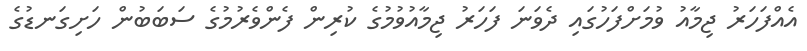
އެއްފަހަރު ޖިމާއު ވުމަށްފަހުގައި ދެވަނަ ފަހަރު ޖިމާއުވުމުގެ ކުރިން ފެންވެރުމުގެ ސަބަބުން ހަށިގަނޑުގެ